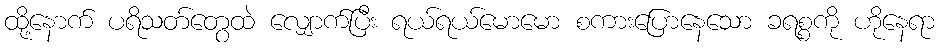
ထို့နောက် ပရိသတ်တွေထဲ လျှောက်ပြီး ရယ်ရယ်မောမော စကားပြောနေသော ခရစ္စကို ဟိုနေရာ